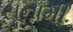
સૂનામી